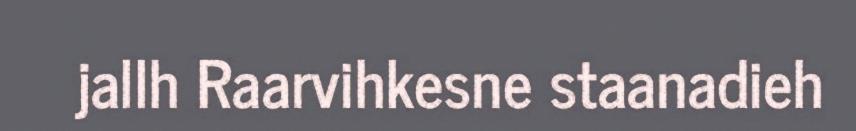
jallh Raarvihkesne staanadieh